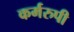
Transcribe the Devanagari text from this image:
कर्मरुपी